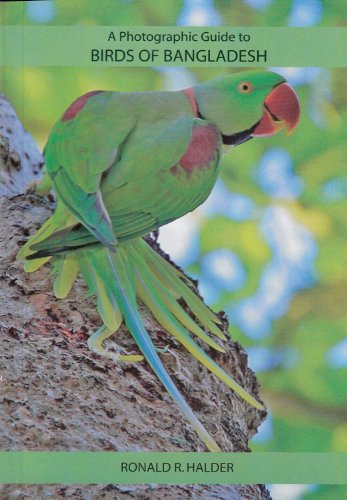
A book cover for A Photographic Guide to Birds of Bangladesh; Ronald R. Halder; Travel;